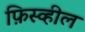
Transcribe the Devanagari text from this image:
फ़िस्व्हील